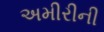
અમીરીની